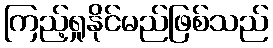
ကြည့်ရှုနိုင်မည်ဖြစ်သည်